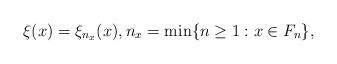
LaTeX: \begin{align*}\xi(x) = \xi_{n_x}(x), n_x = \min \{n \ge 1 : x \in F_n\},\end{align*}